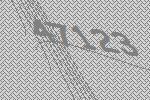
47123